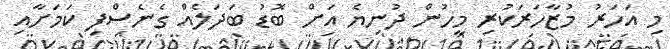
މި އަހަރު މުޒާހަރަކުރި މީހުން ދުނިޔެ އަށް ބޮޑު ބަދަލެއް ގެނެސްފި ކަމަށާއި